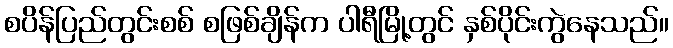
စပိန်ပြည်တွင်းစစ် စဖြစ်ချိန်က ပါရီမြို့တွင် နှစ်ပိုင်းကွဲနေသည်။